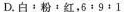
D.白：粉﹔红；6：9：1